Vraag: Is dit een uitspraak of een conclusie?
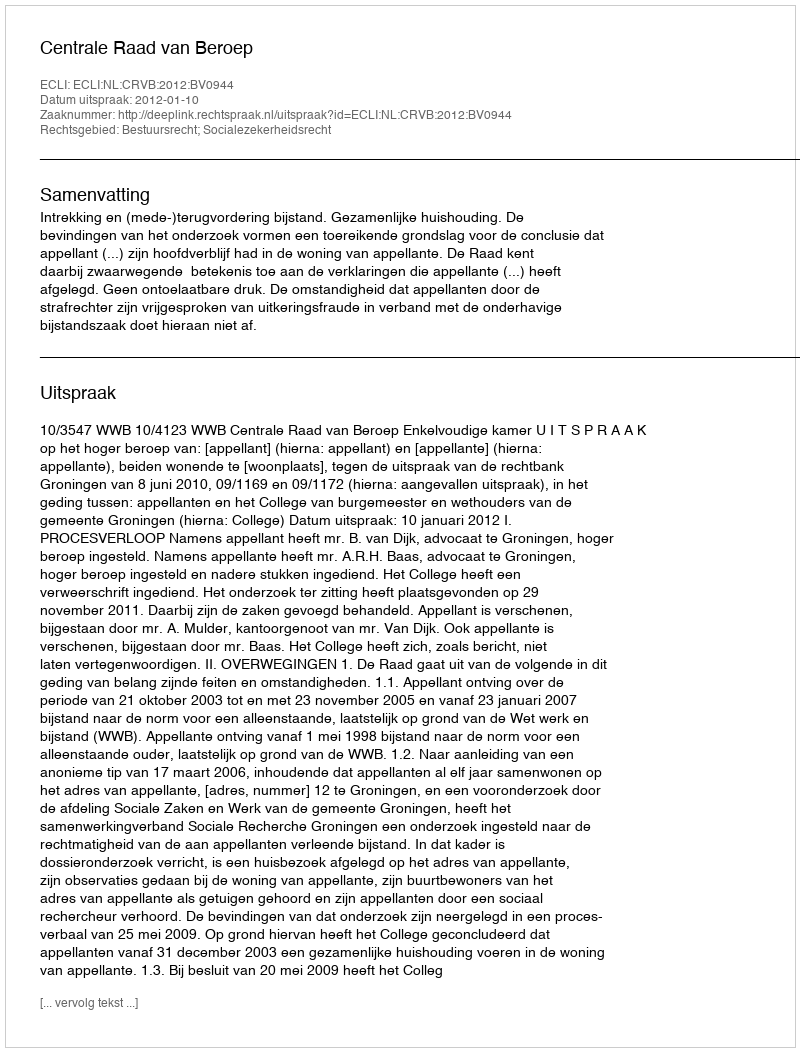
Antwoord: Uitspraak